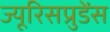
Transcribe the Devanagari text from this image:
ज्यूरिसप्रुडेंस